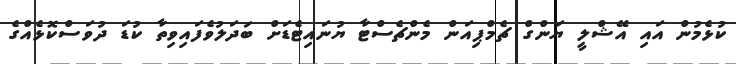
ކުޅެމުން އައި އޭޝްލީ ޔަންގް ޗެމްޕިއަން މެންޗެސްޓާ ޔުނައިޓެޑަށް ބަދަލުވެފައިވިތާ ކުޑަ ދުވަސްކޮޅެއްގެ